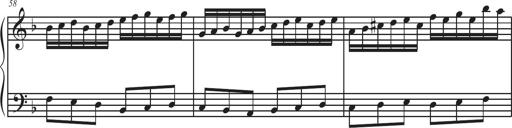
Title: Sonatina Espania
Composer: Jerald Franklin Archer
Key: Various